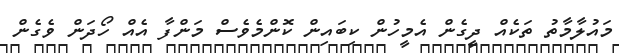
މައުލާމާތު ތަކެއް ދީގެން އެމީހުން ކިބައިން ކޮންމެވެސް މަންފާ އެއް ހޯދަން ވެގެން